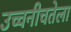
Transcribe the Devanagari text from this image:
उच्चनीचतेला